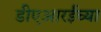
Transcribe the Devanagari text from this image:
डीएआरईच्या